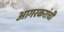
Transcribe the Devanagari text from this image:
आगरकरांची